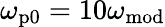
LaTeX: \omega_{\mathrm{p0}}=10\omega_{\mathrm{mod}}